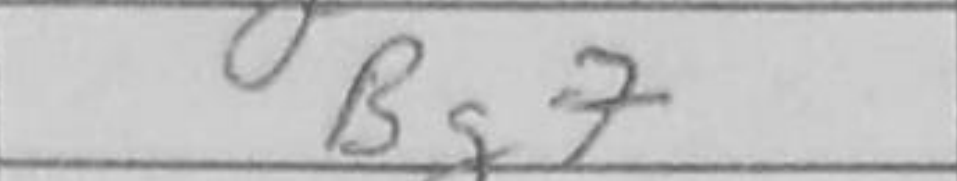
Transcription: Bg7